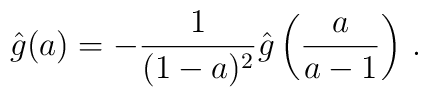
\hat g(a)=-{1\over{(1-a)^2}}\hat g\left({a\over{a-1}}\right)\,.